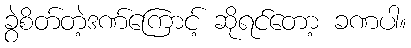
ခွဲစိတ်တဲ့ဒဏ်ကြောင့် ဆိုရင်တော့ ခဏပါ။